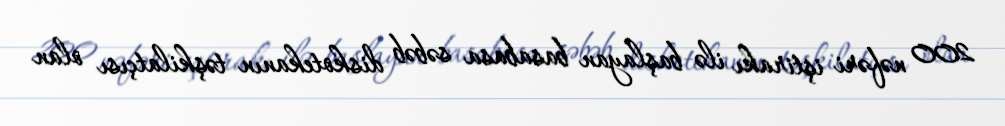
200 nəfəri iştirakı ilə başlayan basabasa səbəb diskotekanın təşkilatçısı olan